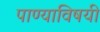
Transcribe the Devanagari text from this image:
पाण्याविषयी